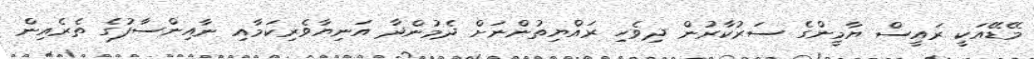
މޭޑޭއަކީ ރައީސް ޔާމީންގެ ސަރުކާރުން ދިވެހި ރައްޔިތުންނަށް ދެމުންދާ އަނިޔާވެރިކަމާއި ނާއިންސާފުގެ ތެރެއިން